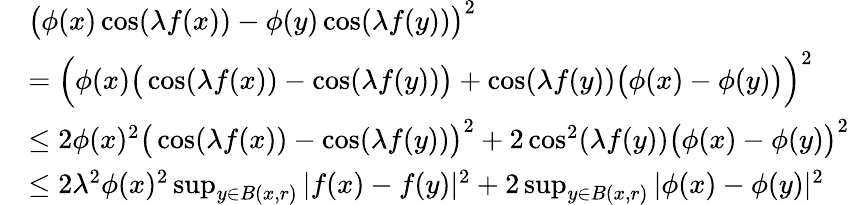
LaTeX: \begin{array}{rl}&{\big(\phi(x)\cos(\lambda f(x))-\phi(y)\cos(\lambda f(y))\big)^{2}}\\ &{=\Big(\phi(x)\big(\cos(\lambda f(x))-\cos(\lambda f(y))\big)+\cos(\lambda f(y))\big(\phi(x)-\phi(y)\big)\Big)^{2}}\\ &{\leq 2\phi(x)^{2}\big(\cos(\lambda f(x))-\cos(\lambda f(y))\big)^{2}+2\cos^{2}(\lambda f(y))\big(\phi(x)-\phi(y)\big)^{2}}\\ &{\leq 2\lambda^{2}\phi(x)^{2}\operatorname*{sup}_{y\in B(x,r)}|f(x)-f(y)|^{2}+2\operatorname*{sup}_{y\in B(x,r)}|\phi(x)-\phi(y)|^{2}}\end{array}